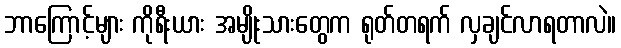
ဘာကြောင့်များ ကိုရီးယား အမျိုးသားတွေက ရုတ်တရက် လှချင်လာရတာလဲ။